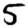
Digit: 5